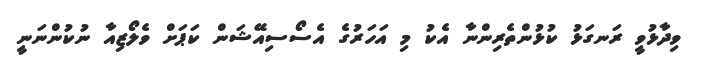
ވިދާޅުވީ ރަނގަޅު ކުޅުންތެރިންނާ އެކު މި އަހަރުގެ އެސޯސިއޭޝަން ކަޕަށް ވެލޯޒިއާ ނުކުންނަނީ